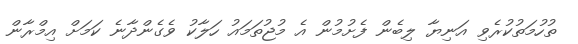
ތުހުމަތުކުރެވި އަނިޔާ ލިބެން ފެށުމުން އެ މުޖުތަމައު ހަލާކު ވެގެންދާނެ ކަމަށް އިމްރާން